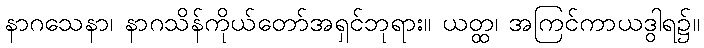
နာဂသေနာ၊ နာဂသိန်ကိုယ်တော်အရှင်ဘုရား။ ယတ္ထ၊ အကြင်ကာယဒွါရ၌။